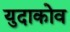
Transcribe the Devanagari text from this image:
युदाकोव